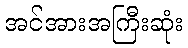
အင်အားအကြီးဆုံး